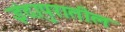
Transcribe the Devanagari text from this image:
इंदापुरातील